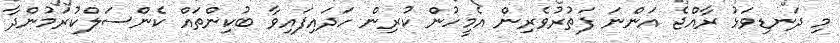
މި ދަނޑިވަޅު ރާއްޖެ އަންނަ ފަތުރުވެރިން އެމީހުން ކުރިން ހަދައިފައިވާ ބުކިންތައް ކެންސަލްކުރަމުންދާ